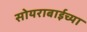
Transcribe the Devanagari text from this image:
सोयराबाईच्या